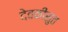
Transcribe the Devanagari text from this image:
देवकीसुत